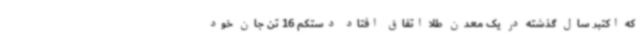
که اکتبر سال گذشته در یک معدن طلا اتفاق افتاد دستکم 16 تن جان خود